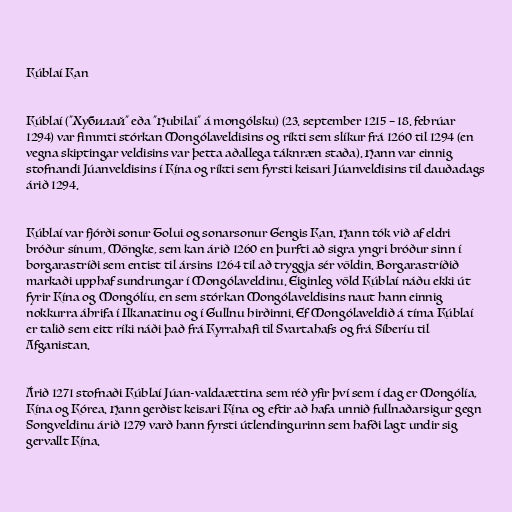
Kúblaí Kan

Kúblaí ("Хубилай" eða "Hubilai" á mongólsku) (23. september 1215 – 18. febrúar
1294) var fimmti stórkan Mongólaveldisins og ríkti sem slíkur frá 1260 til 1294 (en
vegna skiptingar veldisins var þetta aðallega táknræn staða). Hann var einnig
stofnandi Júanveldisins í Kína og ríkti sem fyrsti keisari Júanveldisins til dauðadags
árið 1294.

Kúblaí var fjórði sonur Tolui og sonarsonur Gengis Kan. Hann tók við af eldri
bróður sínum, Möngke, sem kan árið 1260 en þurfti að sigra yngri bróður sinn í
borgarastríði sem entist til ársins 1264 til að tryggja sér völdin. Borgarastríðið
markaði upphaf sundrungar í Mongólaveldinu. Eiginleg völd Kúblaí náðu ekki út
fyrir Kína og Mongólíu, en sem stórkan Mongólaveldisins naut hann einnig
nokkurra áhrifa í Ilkanatinu og í Gullnu hirðinni. Ef Mongólaveldið á tíma Kúblaí
er talið sem eitt ríki náði það frá Kyrrahafi til Svartahafs og frá Síberíu til
Afganistan.

Árið 1271 stofnaði Kúblaí Júan-valdaættina sem réð yfir því sem í dag er Mongólía,
Kína og Kórea. Hann gerðist keisari Kína og eftir að hafa unnið fullnaðarsigur gegn
Songveldinu árið 1279 varð hann fyrsti útlendingurinn sem hafði lagt undir sig
gervallt Kína.